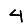
Digit: 4